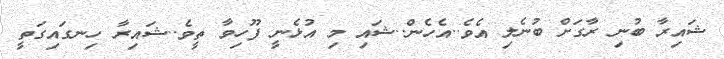
ޝައިރާ ބުނި ރާގަށް ބުނެލި އެވެ..އެހެން..ޝައި މި އުޅެނީ ފޫހިވާ ތީވެ..ޝައިރާ ހިނގައިގަތީ